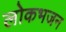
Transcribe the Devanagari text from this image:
लोकभजन